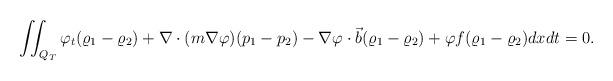
LaTeX: \begin{align*} \iint_{Q_T} \varphi_t (\varrho_1 - \varrho_2) + \nabla \cdot(m \nabla \varphi) (p_1-p_2) - \nabla \varphi \cdot \vec{b} (\varrho_1 - \varrho_2) + \varphi f (\varrho_1 - \varrho_2) dxdt = 0. \end{align*}